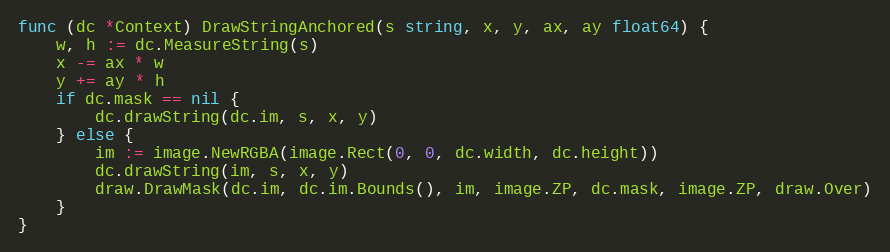
Language: Go
func (dc *Context) DrawStringAnchored(s string, x, y, ax, ay float64) {
	w, h := dc.MeasureString(s)
	x -= ax * w
	y += ay * h
	if dc.mask == nil {
		dc.drawString(dc.im, s, x, y)
	} else {
		im := image.NewRGBA(image.Rect(0, 0, dc.width, dc.height))
		dc.drawString(im, s, x, y)
		draw.DrawMask(dc.im, dc.im.Bounds(), im, image.ZP, dc.mask, image.ZP, draw.Over)
	}
}